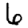
Digit: 6